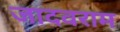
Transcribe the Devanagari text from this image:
जादवराम